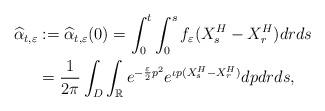
LaTeX: \begin{align*}\widehat{\alpha}_{t,\varepsilon}&:=\widehat{\alpha}_{t,\varepsilon}(0)=\int_0^t\int_0^sf_\varepsilon(X^H_s-X^H_r)drds\\&=\frac{1}{2\pi}\int_{D}\int_{\mathbb{R}}e^{-\frac{\varepsilon}{2}p^2}e^{\iota p(X^H_s-X^H_r)}dpdrds,\end{align*}